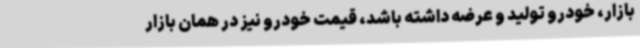
بازار، خودرو تولید و عرضه داشته باشد، قیمت خودرو نیز در همان بازار